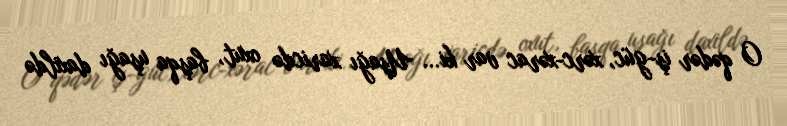
O qədər iş-güc, xərc-xərac var ki... Uşağı xaricdə oxut, başqa uşağı daxildə